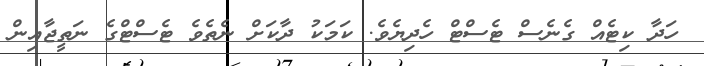
ހަދާ ކިޓެއް ގެނެސް ޓެސްޓް ހެދިޔެވެ. ކަމަކު ދާކަށް ނެތެވެ ޓެސްޓްގެ ނަތީޖާއިން